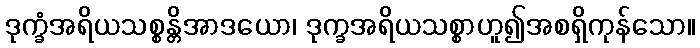
ဒုက္ခံအရိယသစ္စန္တိအာဒယော၊ ဒုက္ခအရိယသစ္စာဟူ၍အစရှိကုန်သော။